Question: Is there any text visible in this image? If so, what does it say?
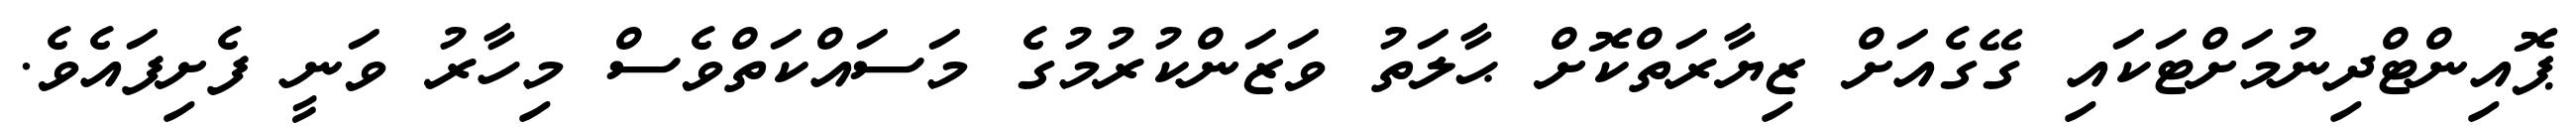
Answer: ޕޮއިންޓްދިނުމަށްޓަކައި ގޭގެއަށް ޒިޔާރަތްކޮށް ޙާލަތު ވަޒަންކުރުމުގެ މަސައްކަތްވެސް މިހާރު ވަނީ ފެށިފައެވެ.